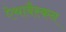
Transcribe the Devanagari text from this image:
ऐथाबैस्कन